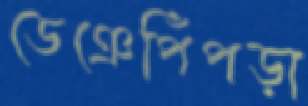
ডেঞেপিঁপড়া